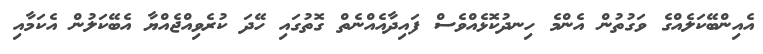
އެއިންބޭކަލެއްގެ ވަގުތުން އެންމެ ހިނދުކޮޅެއްވެސް ފައިދާއެއްނެތް ގޮތުގައި ހޭދަ ކުރެވިއްޖެއްޔާ އެބޭކަލުން އެކަމާއި